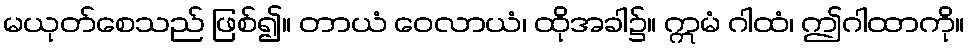
မယုတ်စေသည် ဖြစ်၍။ တာယံ ဝေလာယံ၊ ထိုအခါ၌။ ဣမံ ဂါထံ၊ ဤဂါထာကို။